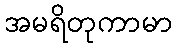
အမရိတုကာမာ